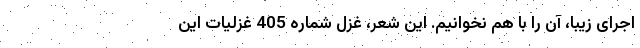
اجرای زیبا، آن را با هم نخوانیم. این شعر، غزل شماره 405 غزلیات این